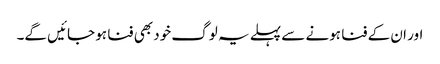
اور ان کے فنا ہونے سے پہلے یہ لوگ خود بھی فنا ہو جائیں گے۔